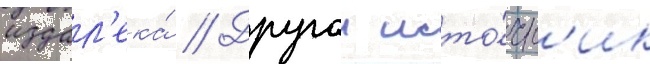
издал'ека́ // Другои исто́чн'ик